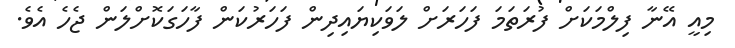
މިއީ އޭނާ ފިލްމަކަށް ފުރަތަމަ ފަހަރަށް ލަވަކިޔައިދިން ފަހަރުކަން ފާހަގަކޮށްލަން ޖެހެ އެވެ.